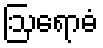
ဩရောဓံ